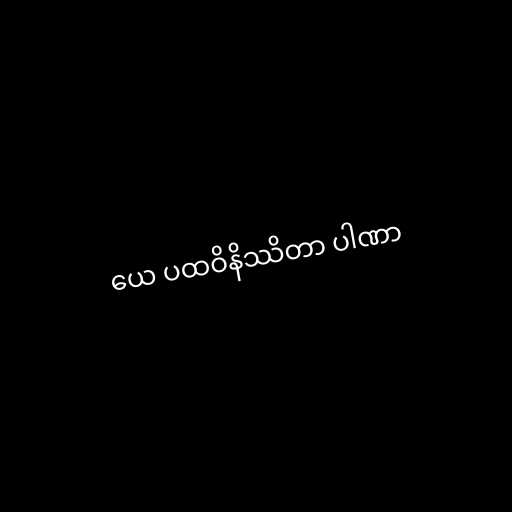
ယေ ပထဝိနိဿိတာ ပါဏာ